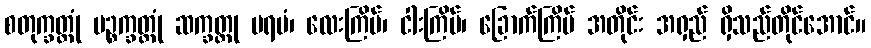
စတုက္ခတ္တုံ ပဉ္စက္ခတ္တုံ ဆက္ခတ္တု ပရမံ၊ လေးကြိမ်၊ ငါးကြိမ်၊ ခြောက်ကြိမ် အတိုင်း အရှည် ရှိသည်တိုင်အောင်။